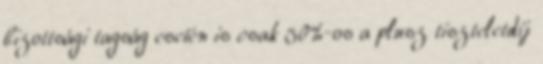
bizottsági tagság esetén is csak 50%-os a plusz tiszteletdíj